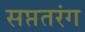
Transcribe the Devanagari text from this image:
सप्ततरंग